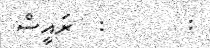
:       :  ރައީސް